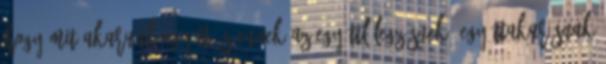
hogy mit akarunk együtt, s ennek az együttlélegzésnek, együttakarásnak